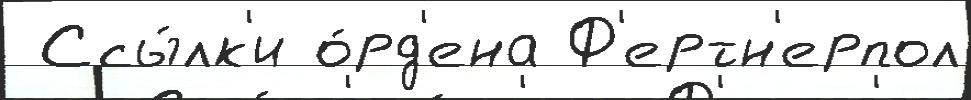
 Ссы́лк'и о́рд'ена Ф'ертн'ерпол